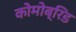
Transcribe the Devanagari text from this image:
कोमोब्रिड